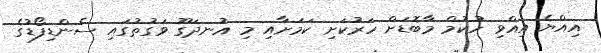
އިއްޔެ އިއްވި ހުކުމް މާބޮޑަށް ހަރުކަށި ކަމަށާއި މި އުނދަގޫ ވަގުތުގައި ސެންޑިފޯޑުގެ